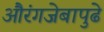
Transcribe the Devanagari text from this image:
औरंगजेबापुढे